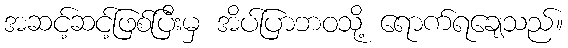
အဆင့်ဆင့်ဖြစ်ပြီးမှ အိပ်ပြာဘဝသို့ ရောက်ရချေသည်။